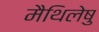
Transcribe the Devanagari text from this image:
मैथिलेषु